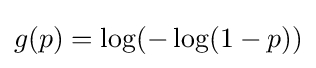
g(p)=\log(-\log(1-p))